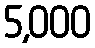
5,000